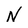
Character: N